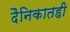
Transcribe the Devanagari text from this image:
दैनिकातही